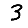
Digit: 3